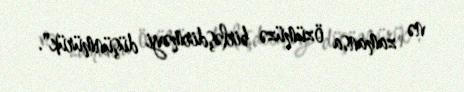
nə zamansa özümüzə birləşdirməyi düşünmürük".